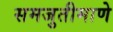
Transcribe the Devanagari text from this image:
समजुतीमाणे